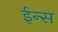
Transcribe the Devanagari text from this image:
ईन्स